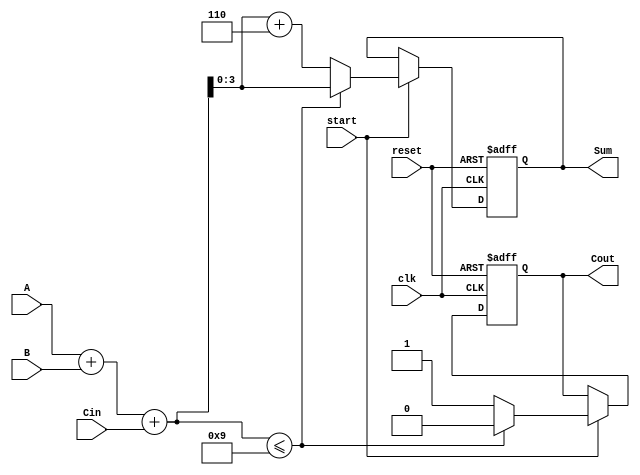
module BCD_Sequential_Adder (
    input wire clk,        // Clock input
    input wire reset,      // Reset input
    input wire start,      // Start signal for addition
    input wire [3:0] A,    // First BCD digit
    input wire [3:0] B,    // Second BCD digit
    input wire Cin,        // Carry input
    output reg [3:0] Sum,  // BCD result
    output reg Cout        // Carry output
);

// Intermediate signal for binary addition
wire [4:0] Temp;

// Combinational logic for BCD addition
assign Temp = A + B + Cin;

// Sequential logic for output
always @(posedge clk or posedge reset) begin
    if (reset) begin
        Sum <= 4'b0000;
        Cout <= 1'b0;
    end else if (start) begin
        if (Temp <= 5'd9) begin
            Sum <= Temp[3:0]; // Lower 4 bits
            Cout <= 1'b0;     // No carry
        end else begin
            Sum <= Temp[3:0] + 4'b0110; // Add 6 for BCD correction
            Cout <= 1'b1;                // Carry out
        end
    end
end

endmodule